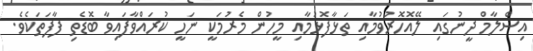
އިސްލާމް ދީނުގައި ލޭއޮހޮރުވުމާއި ތަޅާފޮޅުމާއި މީހުން މެރުމަކީ ނަހީ ކުރައްވާފައިވާ ބޮޑެތި ފާފަތަކެވެ.